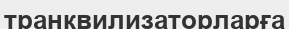
транквилизаторларға